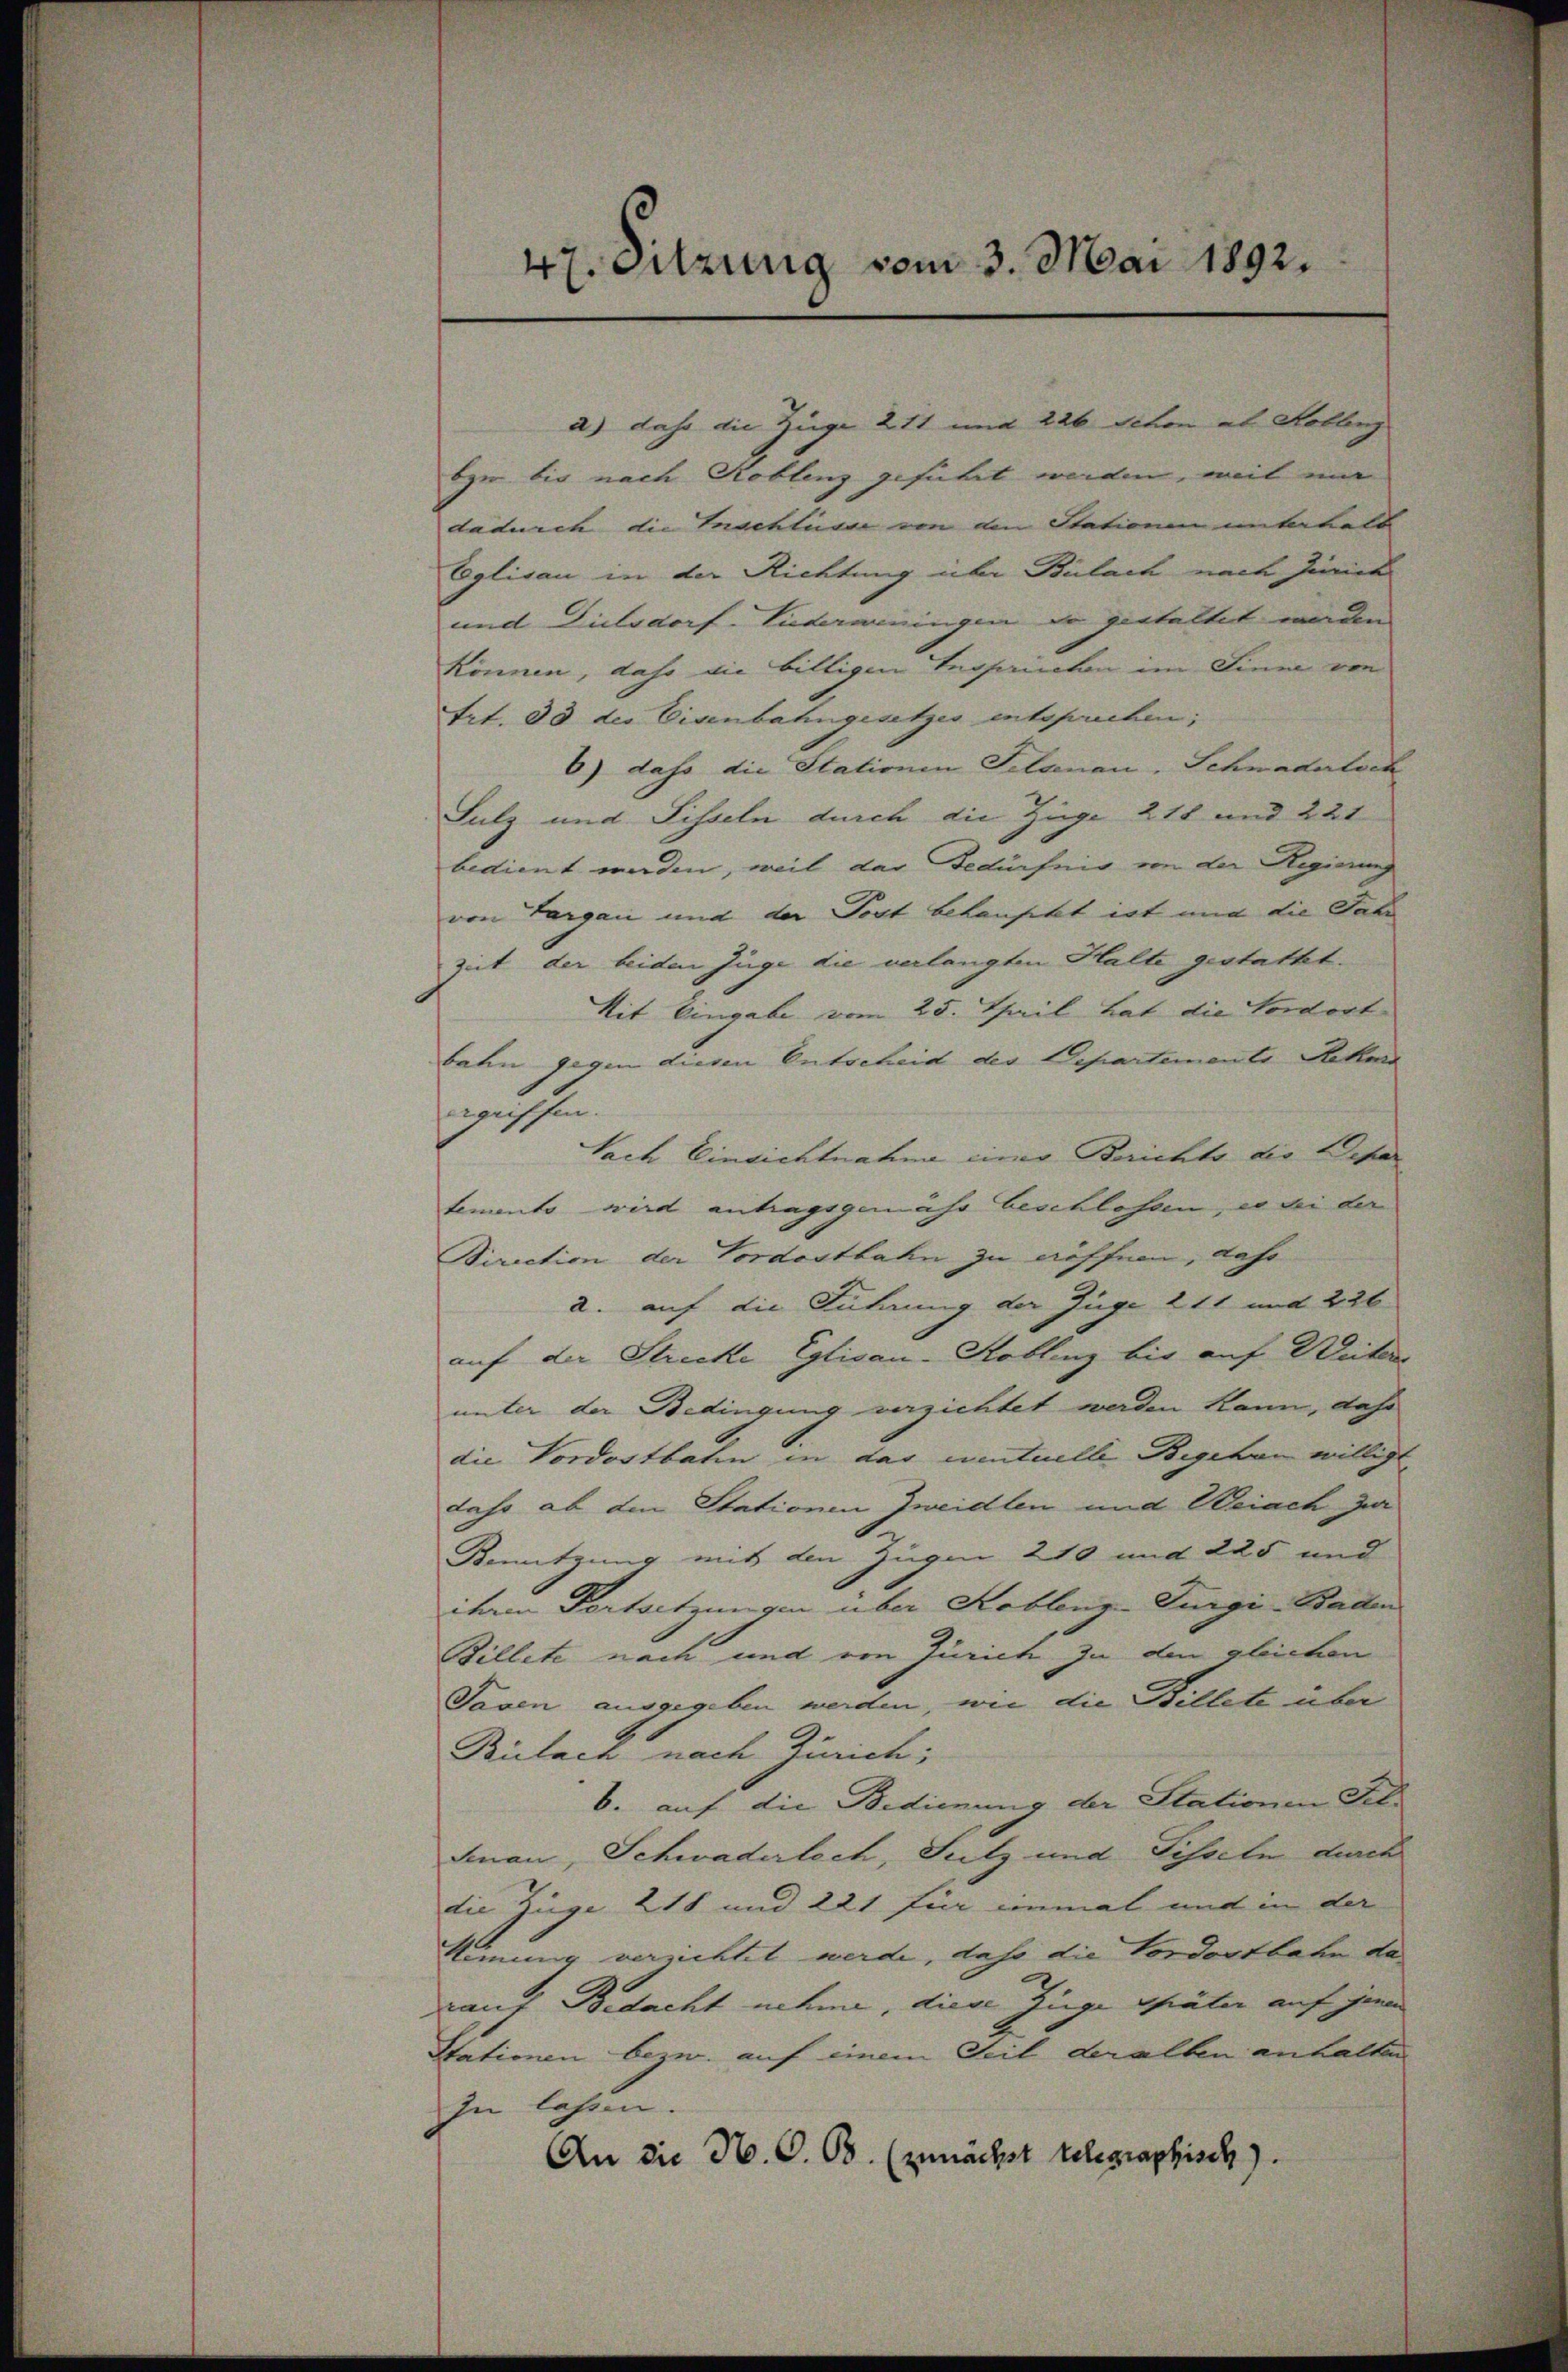
47. Sitzung vom 3. Mai 1892.

a) dass die Ziege 211 und 226 Schon ab Hoblenz
beer bis nach Koblenz geführt werden, weil mir
dadurch die Inschlusse in den Stationen unterhalt
Eglisau in der Richtung über Bülach nach Jennet
und Dielsdorf- Liederweningen vo gestaltet worden
können, dass die billigen Tegernation im Siner von
trt. 33 des Eisenbahngesetzes entsprechen;
6) dass die Stationen Felsenau, Schnaderloch
Sutz und Sisseln durch die Züge 218 und 221
bedient worden, weil das Bedürfnis von der Regierung
von Fargau und der Post belaufett ist und die Tali
zeit der beiden Juge die verlangten Halte gestattet.
Mit Eingabe vom 25. Theil hat die Vorort
bahn gegen diesen Entscheid der Departemente Sachen
igrischen.
Sach Einsichtnahme einer Berichte die Depar
temento wird antragsgemäss beschlossen, es bei der
Biruction der Vordostbahn zu eröffnen, dass
2. auf die Führung der Juge 111 und 226
auf der Strecke Eglisau-Koblenz bis auf Weiter
unter der Bedingung verzichtet werden kann, dahe
die Vordostbahn in das centuelle Begehen willigt.
dahr ab den Stationen Zweidlen und Weiach zur
.
Benutzung mit den Zugen 210 und 285 und
ihren Fortsetzungen über Koblenz-Turgi Baden
Billete nach und von Zürich zu den gleichen
Taxen ausgegeben werden, wie die Billete über
Bülach nach Zürich;
b. auf die Bedienung der Stationen Fel.
Sean, Schwaderlech, Sutz und Sisseln durch
die Züge 218 und 221 für einmal und in der
Stimmung versichtet werde, daß die Vordostbahn da
rauf Bedacht nehme, diese Zuge später auf jenen
Stationen bezw. auf einem Teil deralben anhalten
In lassen.
An die N. O. Bd. (zunächst telegraphisch